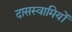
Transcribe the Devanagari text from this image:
दासस्वामियों